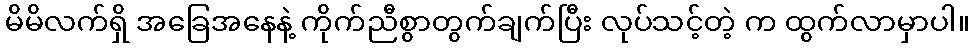
မိမိလက်ရှိ အခြေအနေနဲ့ ကိုက်ညီစွာတွက်ချက်ပြီး လုပ်သင့်တဲ့ က ထွက်လာမှာပါ။